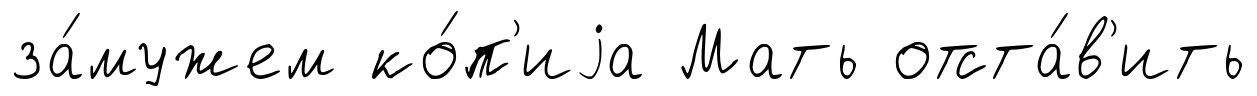
за́мужем ко́п'иjа Мать отста́в'ить